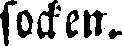
socken.